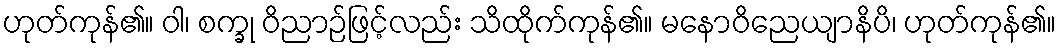
ဟုတ်ကုန်၏။ ဝါ၊ စက္ခု ဝိညာဉ်ဖြင့်လည်း သိထိုက်ကုန်၏။ မနောဝိညေယျာနိပိ၊ ဟုတ်ကုန်၏။